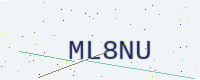
Text: ML8NU